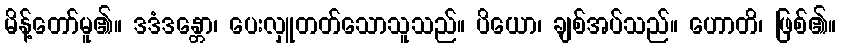
မိန့်တော်မူ၏။ ဒဒံဒန္တော၊ ပေးလှူတတ်သောသူသည်။ ပိယော၊ ချစ်အပ်သည်။ ဟောတိ၊ ဖြစ်၏။